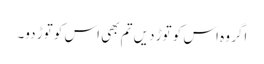
اگر وہ اس کو توڑ دیں تم بھی اس کو توڑ دو۔